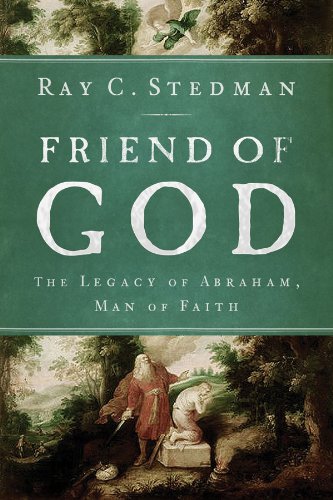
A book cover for Friend of God: The Legacy of Abraham, Man of Faith; Ray C. Stedman; Christian Books & Bibles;